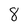
Character: 8